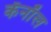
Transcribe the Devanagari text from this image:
कॅनाॅल